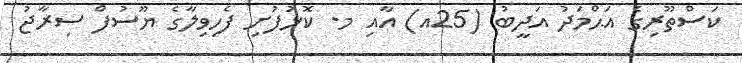
ކަސްތޫރިގެ އަޙްމަދު އަދީބު (25އ) އާއި މ. ކޮޅުފުށި ފެހިވިލާގެ ޔޫސުފް ސިރާޖު